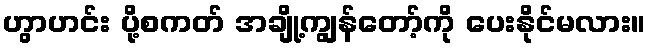
ဟွာဟင်း ပို့စကတ် အချို့ကျွန်တော့်ကို ပေးနိုင်မလား။